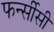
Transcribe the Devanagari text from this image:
फर्न्सीसी